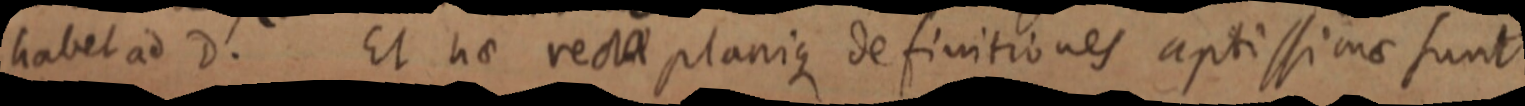
habet ad D. Et hae recta planique definitiones aptissime sunt